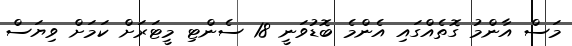
މަސް އާންމު ގޮތެއްގައި އެންމެ ބޮޑުވަނީ 18 ސެންޓި މީޓަރަށް ކަމަށް ވިޔަސް